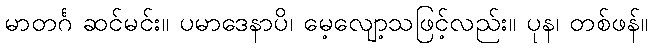
မာတင်္ဂ ဆင်မင်း။ ပမာဒေနာပိ၊ မေ့လျော့သဖြင့်လည်း။ ပုန၊ တစ်ဖန်။